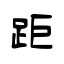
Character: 距